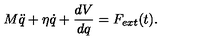
M \ddot { q } + \eta \dot { q } + \frac { d V } { d q } = F _ { e x t } ( t ) .